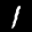
Label: 1